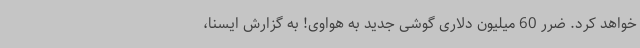
خواهد کرد. ضرر 60 میلیون دلاری گوشی جدید به هواوی! به گزارش ایسنا،